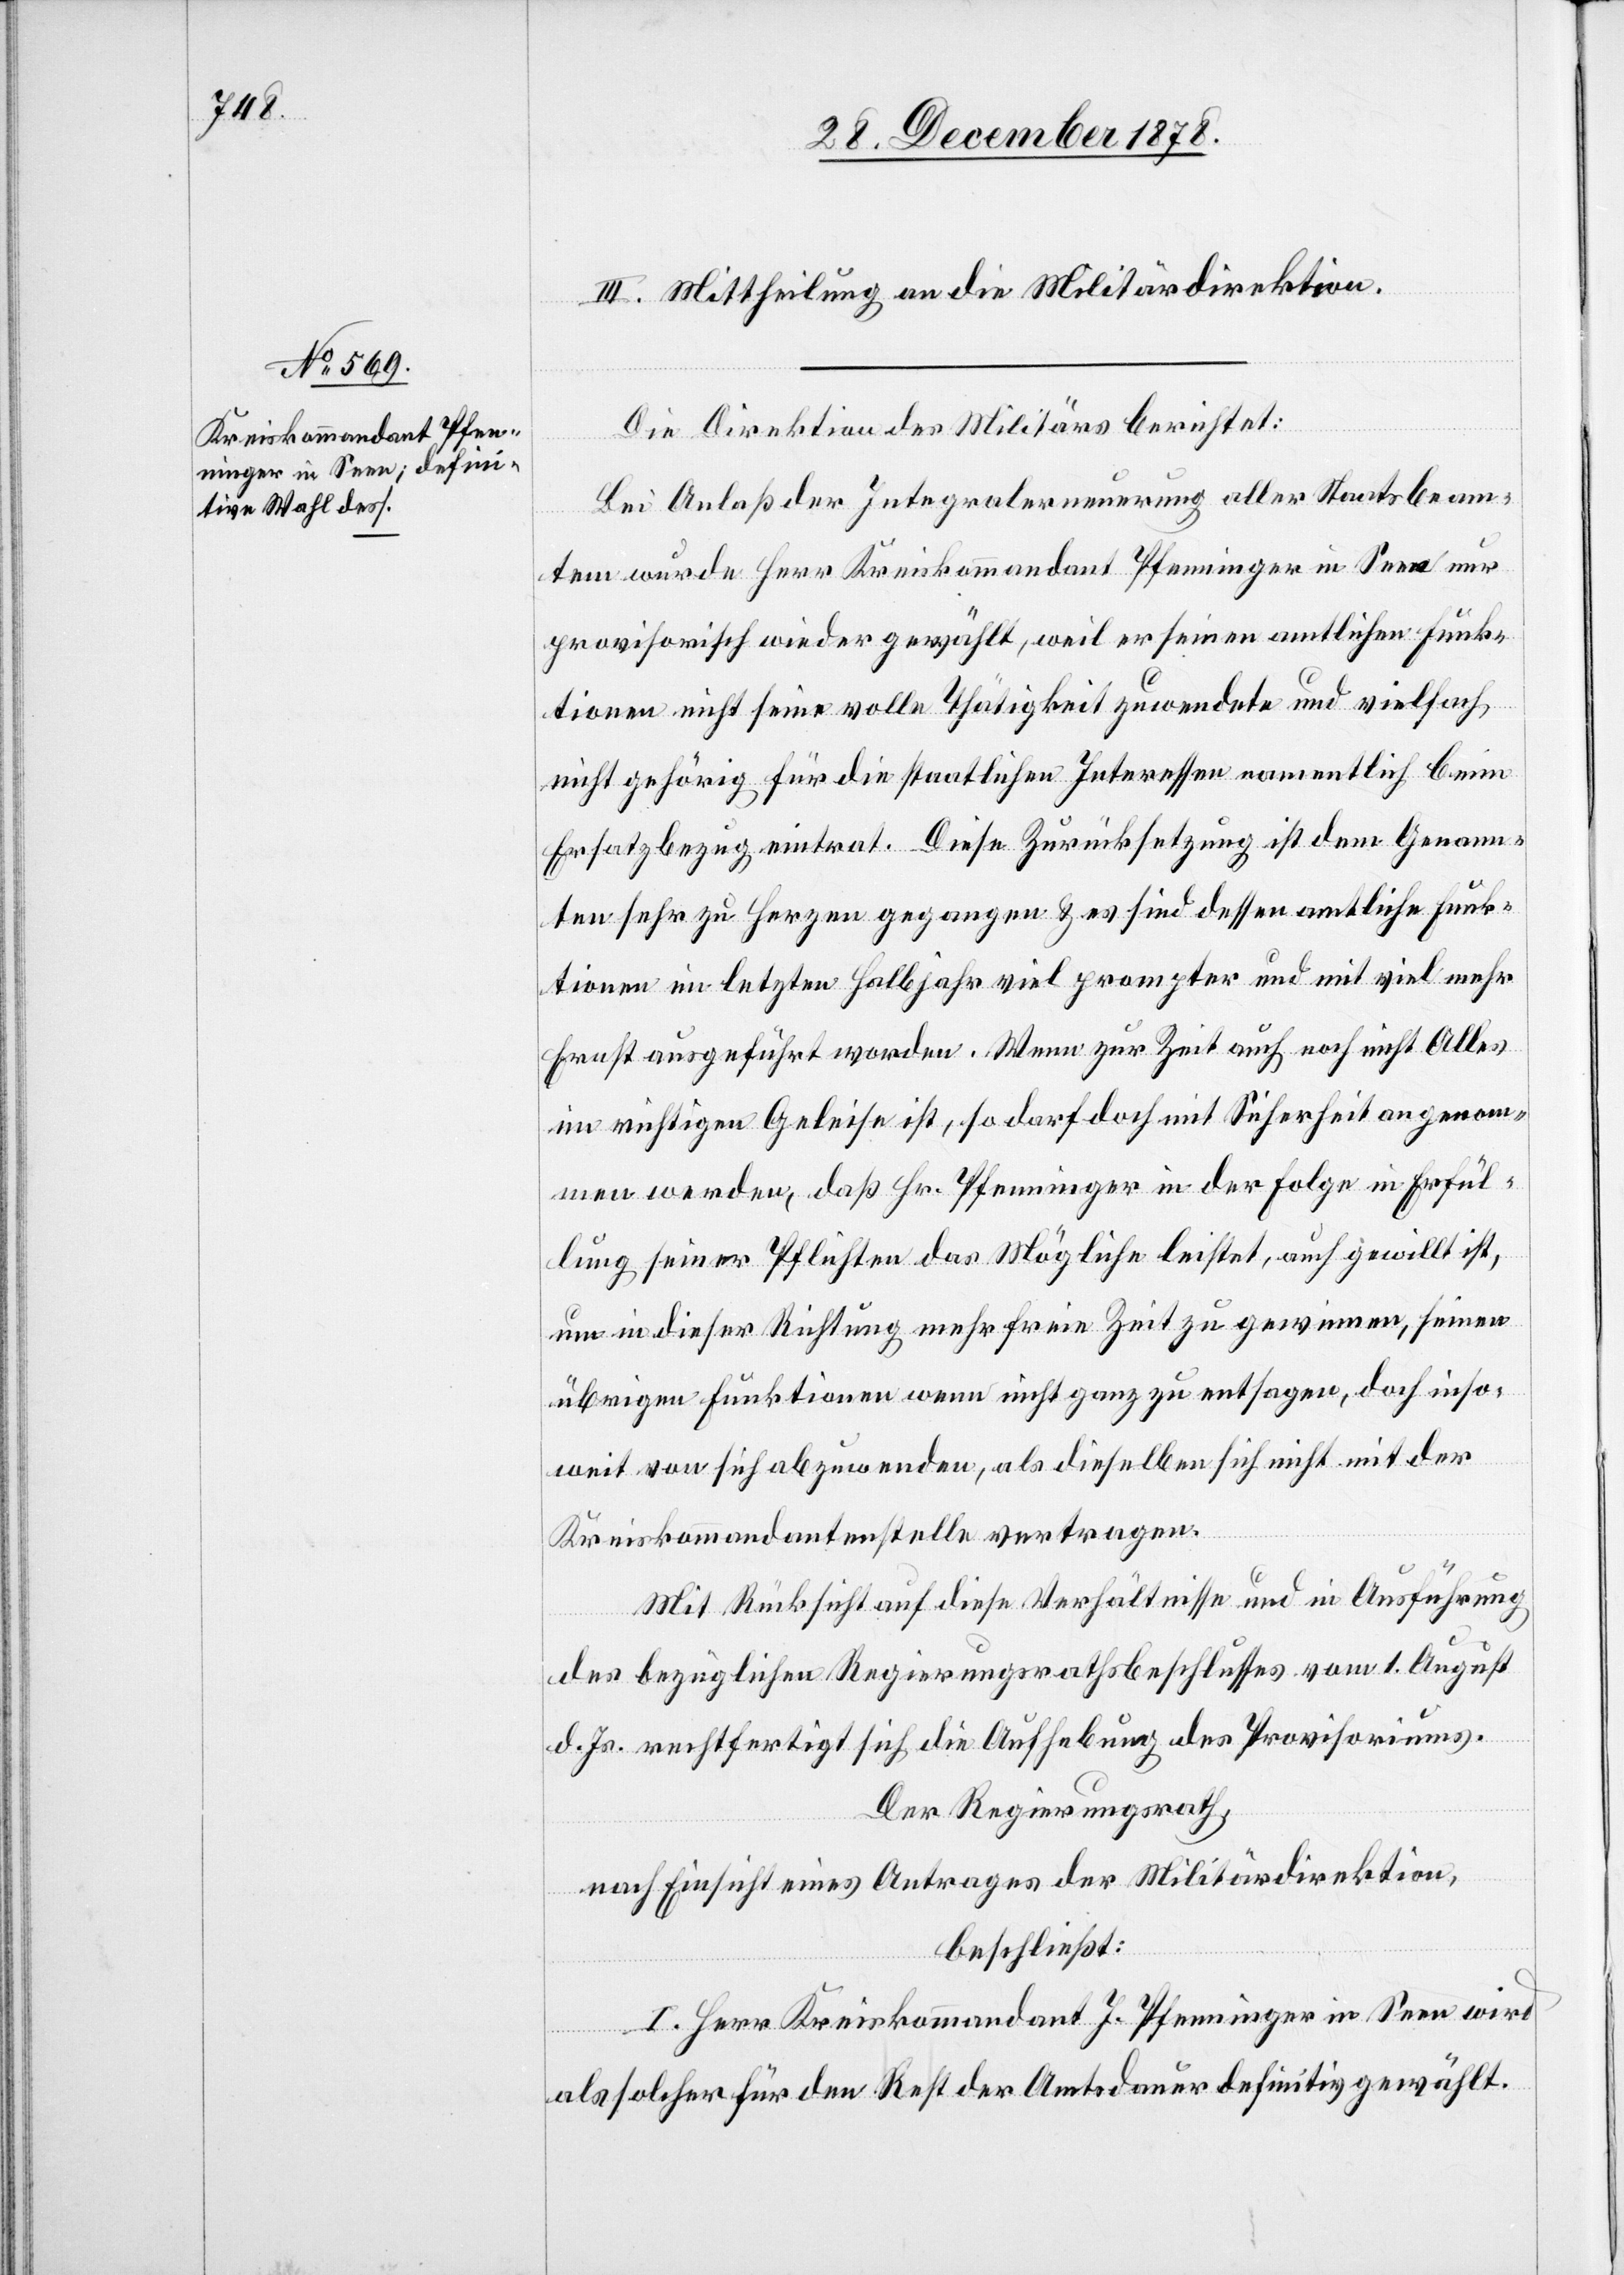
III. Mittheilung an die Militärdirektion.
Die Direktion des Militärs berichtet:
Bei Anlaß der Integralerneuerung aller Staatsbeam¬
ten wurde Herr Kreiskommandant Pfenninger in Seen nur
provisorisch wieder gewählt, weil er seinen amtlichen Funk¬
tionen nicht seine volle Thätigkeit zuwendete und vielfach
nicht gehörig für die staatlichen Interessen namentlich beim
Ersatzbezug eintrat. Diese Zurücksetzung ist dem Genann¬
ten sehr zu Herzen gegangen & es sind dessen amtliche Funk¬
tionen im letzten Halbjahr viel prompter und mit viel mehr
Ernst ausgeführt worden. Wenn zur Zeit auch noch nicht Alles
im richtigen Geleise ist, so darf doch mit Sicherheit angenom¬
men werden, daß Hr. Pfenninger in der Folge in Erfül¬
lung seiner Pflichten das Mögliche leistet, auch gewillt ist,
um in dieser Richtung mehr freie Zeit zu gewinnen, seine
übrigen Funktionen wenn nicht ganz zu entsagen, doch inso¬
weit von sich abzuwenden, als dieselbe sich nicht mit der
Kreiskommandantenstelle vertragen.
Mit Rücksicht auf diese Verhältnisse und in Ausführung
des bezüglichen Regierungsrathsbeschlusses vom 1. August
d. Js. rechtfertigt sich die Aufhebung des Provisoriums.
Der Regierungsrath,
nach Einsicht eines Antrages der Militärdirektion,
beschließt:
I. Herr Kreiskommandant J. Pfenninger in Seen wird
als solcher für den Rest der Amtsdauer definitiv gewählt.